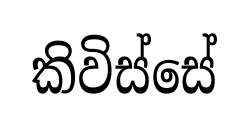
කිවිස්සේ